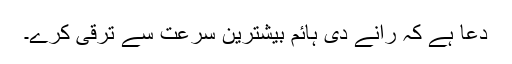
دعا ہے کہ رانے دى ہائم بیشترین سرعت سے ترقی کرے۔